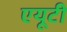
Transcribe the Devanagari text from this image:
एयूटी